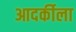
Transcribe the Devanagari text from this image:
आदर्कीला